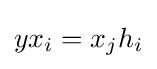
yx_{i}=x_{j}h_{i}